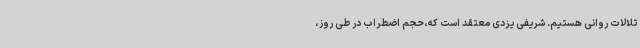
تلالات روانی هستیم. شریفی یزدی معتقد است که،حجم اضطراب در طی روز،